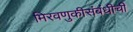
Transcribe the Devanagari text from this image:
मिरवणुकीसंबंधीची